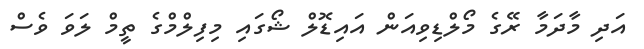
އަދި މާދަމާ ރޭގެ މޯލްޑިވިއަން އައިޑޮލް ޝޯގައި މިފިލްމްގެ ތީމް ލަވަ ވެސް